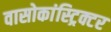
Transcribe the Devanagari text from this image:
वासोकांस्ट्रिक्टर